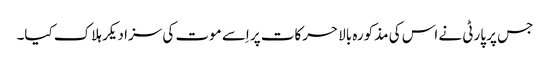
جس پر پارٹی نے اس کی مذکورہ بالا حرکات پر اِسے موت کی سزا دیکر ہلاک کیا۔